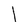
Character: l